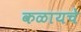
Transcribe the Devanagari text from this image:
कळायचे